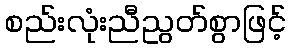
စည်းလုံးညီညွတ်စွာဖြင့်